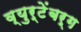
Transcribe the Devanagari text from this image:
व्युर्टेंबर्ग